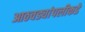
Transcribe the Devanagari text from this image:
आठवड्यांपलीकडे